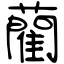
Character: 藺